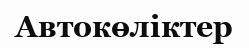
Автокөліктер